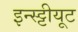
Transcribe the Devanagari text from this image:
इन्स्ट्टीयूट